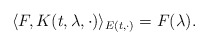
\begin{align*} \langle F, K(t, \lambda, \cdot) \rangle_{E(t,\cdot)} = F(\lambda).\end{align*}